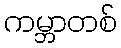
ကမ္ဘာတစ်